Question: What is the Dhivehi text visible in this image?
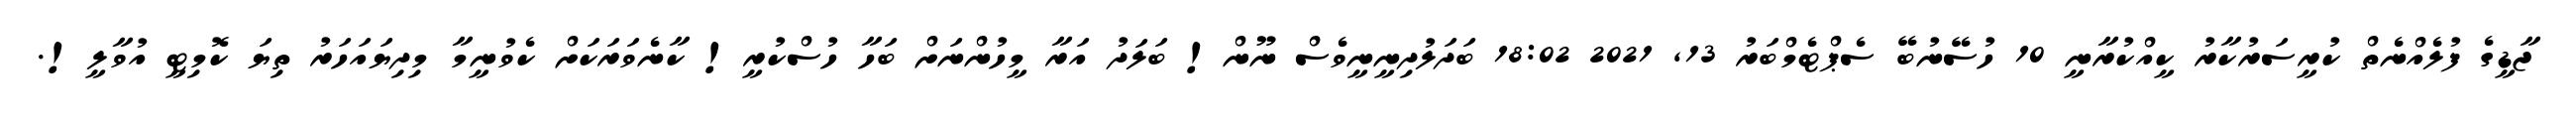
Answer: ޖާޑީގެ ފުލެއްނެތް ކުރީސަރުކާރު ކީއްކުރާނީ 10 ހުސޭނުބޭ ސެޕްޓެމްބަރު 13, 2021 18:02 ބަދަލުދިނީނީވެސް ނޫން! ބަލަދު އަރާ މީހުންނަށް ބަހާ ހުސްކުރީ! ކާނެވަރަކަށް ކެވުނީމާ މިދިޔައަހަރު ތިޔަ ކޮމިޓީ އުވާލީ!.